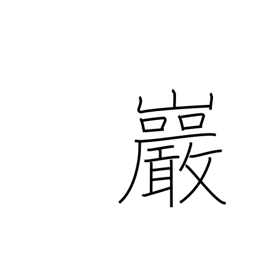
Meaning: crag